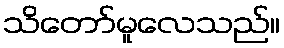
သိတော်မူလေသည်။